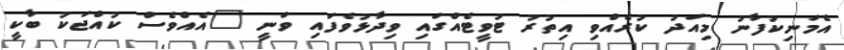
އެމަނިކުފާނު މިއަދު ކުރެއްވި އިތުރު ޓުވީޓެއްގައި ވިދާޅުވެފައި ވަނީ "އެއްވެސް ކުއްޖަކު ބާކީ